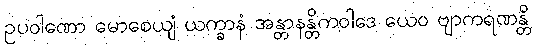
ဥပဝါဏော မောစေယျံ ယက္ခာနံ အန္တာနန္တိကဝါဒေ ယေဝ ဗျာကရဏန္တိ